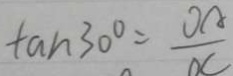
\tan 3 0 ^ { \circ } = \frac { O A } { O C }